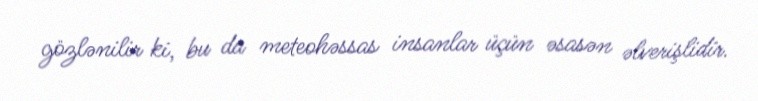
gözlənilir ki, bu da meteohəssas insanlar üçün əsasən əlverişlidir.